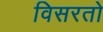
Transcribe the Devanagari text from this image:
विसरतो